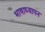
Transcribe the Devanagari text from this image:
भाषाध्यापन